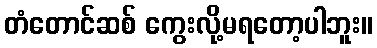
တံတောင်ဆစ် ကွေးလို့မရတော့ပါဘူး။